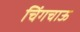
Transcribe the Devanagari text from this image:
चिंगचाऊ